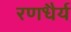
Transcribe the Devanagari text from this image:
रणधैर्य